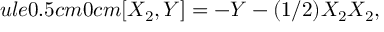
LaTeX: ule { 0.5 cm } { 0 cm } [ X _ { 2 } , Y ] = - Y - ( 1 / 2 ) X _ { 2 } X _ { 2 } ,